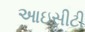
આઇસીટી